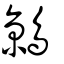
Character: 鶁